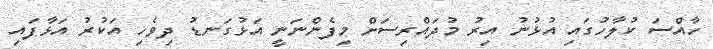
ހާއްސަ ކުލާހުގައި އުޅުނު އިރު މުދައްރިސަށް މިފެންނަނީ އަޅުގަނޑު ދިވެހި އަކުރު އަޅާފައި